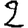
Digit: 2